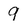
Character: 9